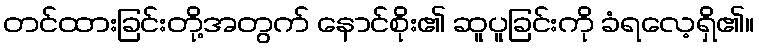
တင်ထားခြင်းတို့အတွက် နောင်စိုး၏ ဆူပူခြင်းကို ခံရလေ့ရှိ၏။